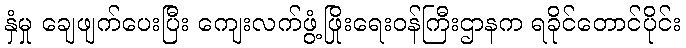
နှံမှု ချေဖျက်ပေးပြီး ကျေးလက်ဖွံ့ဖြိုးရေးဝန်ကြီးဌာနက ရခိုင်တောင်ပိုင်း